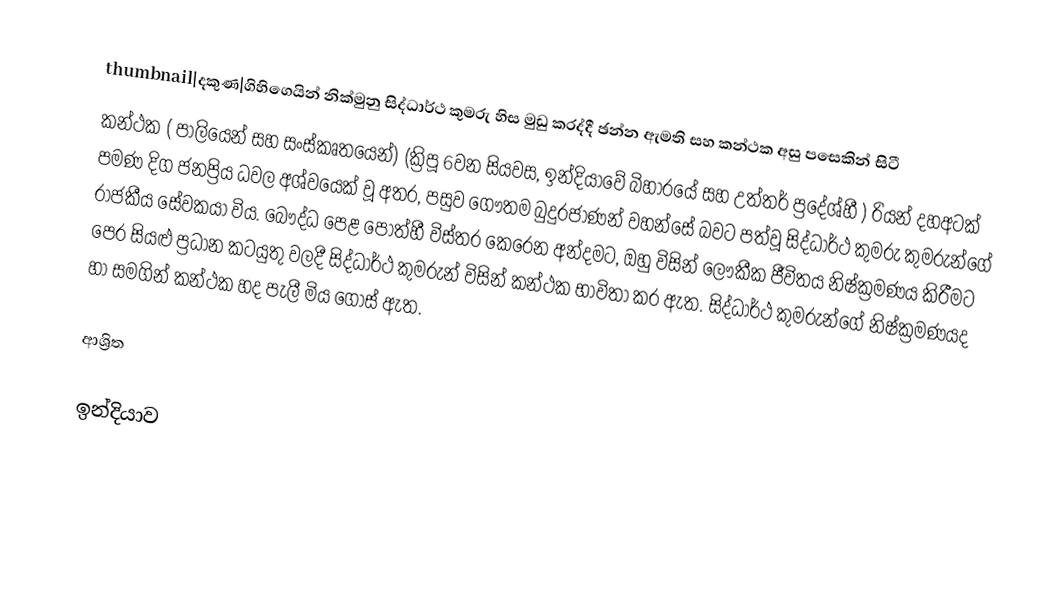
thumbnail|දකුණ|ගිහිගෙයින් නික්මුනු සිද්ධාර්ථ කුමරු හිස මුඩු කරද්දී ඡන්න ඇමති සහ කන්ථක අසු පසෙකින් සිටී
කන්ථක ( පාලියෙන් සහ සංස්කෘතයෙන්) (ක්‍රිපූ 6වන සියවස, ඉන්දියාවේ බිහාරයේ සහ උත්තර් ප්‍රදේශ්හී ) රියන් දහඅටක් පමණ දිග ජනප්‍රිය ධවල අශ්වයෙක් වූ අතර,  පසුව ගෞතම බුදුරජාණන් වහන්සේ බවට පත්වූ සිද්ධාර්ථ කුමරු කුමරුන්ගේ රාජකීය සේවකයා විය. බෞද්ධ පෙළ පොත්හී විස්තර කෙරෙන අන්දමට, ඔහු විසින් ලෞකීක ජීවිතය නිෂ්ක්‍රමණය කිරීමට පෙර සියළු ප්‍රධාන කටයුතු වලදී සිද්ධාර්ථ කුමරුන් විසින් කන්ථක භාවිතා කර ඇත. සිද්ධාර්ථ කුමරුන්ගේ නිෂ්ක්‍රමණයද හා සමගින් කන්ථක හද පැලී මිය ගොස් ඇත.

ආශ්‍රිත

ඉන්දියාව